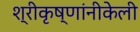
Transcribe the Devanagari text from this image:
श्रीकृष्णांनीकेली